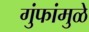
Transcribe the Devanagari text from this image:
गुंफांमुळे